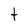
Character: t